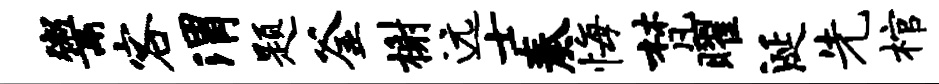
鬻客渭题釜榭远士奏悔梵曜涎先棺